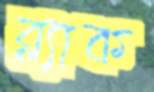
ব্ল্যাক